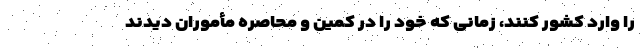
را وارد کشور کنند، زمانی که خود را در کمین و محاصره مأموران دیدند